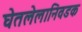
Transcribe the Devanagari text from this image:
घेतलेलानिवडक